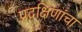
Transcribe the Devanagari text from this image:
प्रदक्षिणांचा